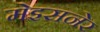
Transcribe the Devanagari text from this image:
मेइसनेर